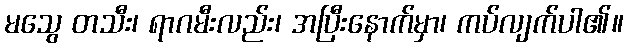
မသွေ တသီး၊ ရာဂမီးလည်း၊ အပြီးနောက်မှာ၊ ကပ်လျက်ပါ၏။